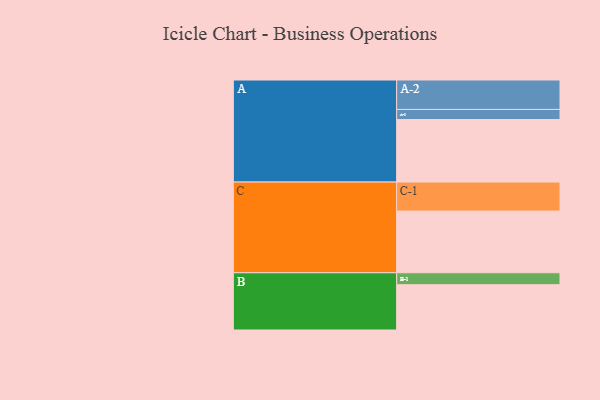
{"axis": {"x": "Segment", "y": "Value"}, "legend": ["", "A", "B", "C"], "data": [{"x": "A", "y": 561, "type": ""}, {"x": "B", "y": 406, "type": ""}, {"x": "C", "y": 553, "type": ""}, {"x": "A-1", "y": 90, "type": "A"}, {"x": "A-2", "y": 264, "type": "A"}, {"x": "B-1", "y": 107, "type": "B"}, {"x": "C-1", "y": 260, "type": "C"}]}